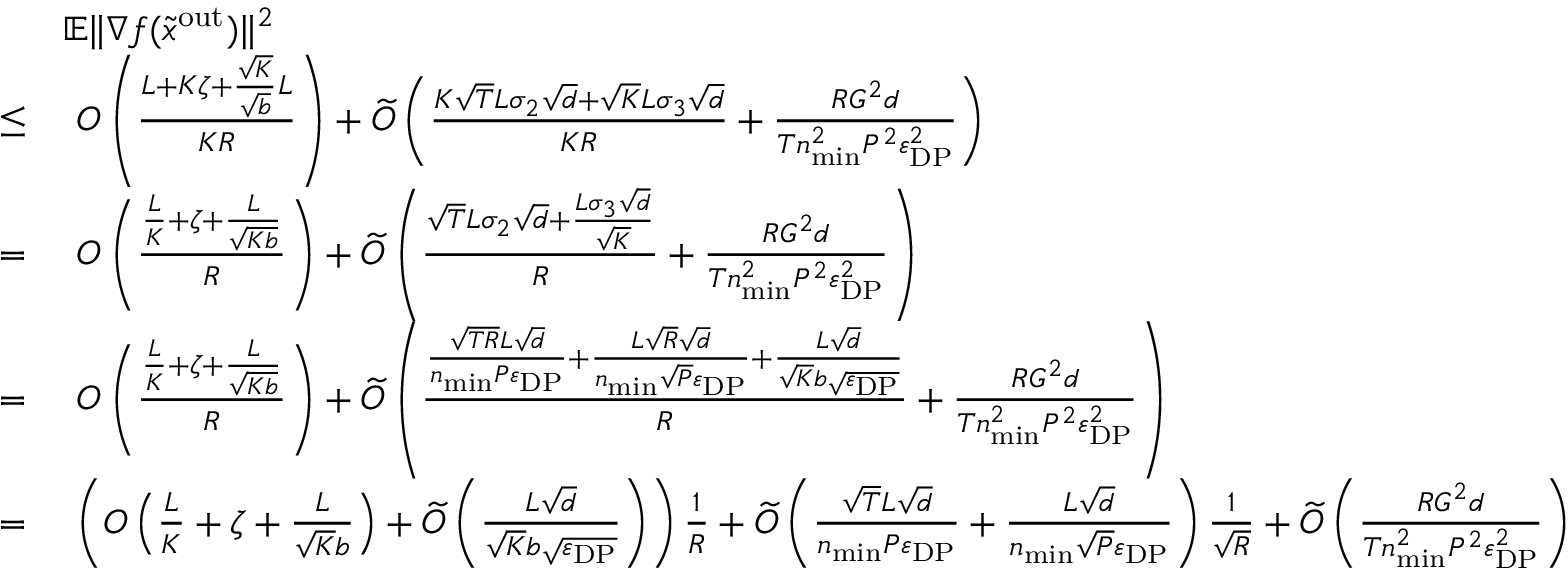
\begin{array} { r l } & { \mathbb { E } \| \nabla f ( \widetilde x ^ { \mathrm { o u t } } ) \| ^ { 2 } } \\ { \leq } & { \ O \left( \frac { L + K \zeta + \frac { \sqrt { K } } { \sqrt { b } } L } { K R } \right) + \widetilde O \left( \frac { K \sqrt { T } L \sigma _ { 2 } \sqrt { d } + \sqrt { K } L \sigma _ { 3 } \sqrt { d } } { K R } + \frac { R G ^ { 2 } d } { T n _ { \mathrm { m i n } } ^ { 2 } P ^ { 2 } \varepsilon _ { \mathrm { D P } } ^ { 2 } } \right) } \\ { = } & { \ O \left( \frac { \frac { L } { K } + \zeta + \frac { L } { \sqrt { K b } } } { R } \right) + \widetilde O \left( \frac { \sqrt { T } L \sigma _ { 2 } \sqrt { d } + \frac { L \sigma _ { 3 } \sqrt { d } } { \sqrt { K } } } { R } + \frac { R G ^ { 2 } d } { T n _ { \mathrm { m i n } } ^ { 2 } P ^ { 2 } \varepsilon _ { \mathrm { D P } } ^ { 2 } } \right) } \\ { = } & { \ O \left( \frac { \frac { L } { K } + \zeta + \frac { L } { \sqrt { K b } } } { R } \right) + \widetilde O \left( \frac { \frac { \sqrt { T R } L \sqrt { d } } { n _ { \mathrm { m i n } } P \varepsilon _ { \mathrm { D P } } } + \frac { L \sqrt { R } \sqrt { d } } { n _ { \mathrm { m i n } } \sqrt { P } \varepsilon _ { \mathrm { D P } } } + \frac { L \sqrt { d } } { \sqrt { K } b \sqrt { \varepsilon _ { \mathrm { D P } } } } } { R } + \frac { R G ^ { 2 } d } { T n _ { \mathrm { m i n } } ^ { 2 } P ^ { 2 } \varepsilon _ { \mathrm { D P } } ^ { 2 } } \right) } \\ { = } & { \ \left( O \left( \frac { L } { K } + \zeta + \frac { L } { \sqrt { K } b } \right) + \widetilde O \left( \frac { L \sqrt { d } } { \sqrt { K } b \sqrt { \varepsilon _ { \mathrm { D P } } } } \right) \right) \frac { 1 } { R } + \widetilde O \left( \frac { \sqrt { T } L \sqrt { d } } { n _ { \mathrm { m i n } } P \varepsilon _ { \mathrm { D P } } } + \frac { L \sqrt { d } } { n _ { \mathrm { m i n } } \sqrt { P } \varepsilon _ { \mathrm { D P } } } \right) \frac { 1 } { \sqrt { R } } + \widetilde O \left( \frac { R G ^ { 2 } d } { T n _ { \mathrm { m i n } } ^ { 2 } P ^ { 2 } \varepsilon _ { \mathrm { D P } } ^ { 2 } } \right) } \end{array}